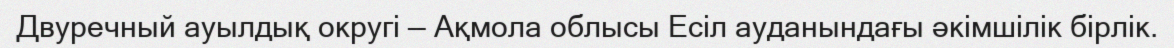
Двуречный ауылдық округі — Ақмола облысы Есіл ауданындағы әкімшілік бірлік.